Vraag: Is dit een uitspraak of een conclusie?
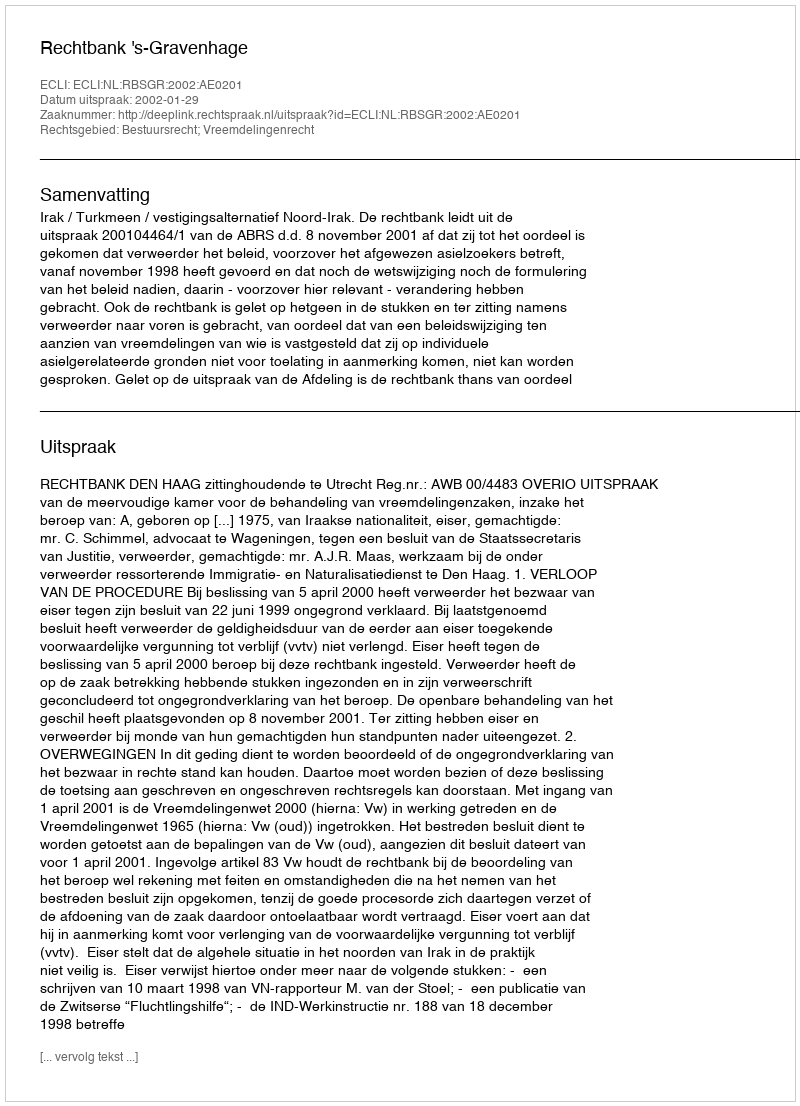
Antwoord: Uitspraak